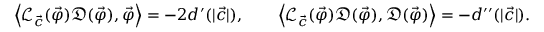
\begin{array} { r l } & { \left\langle \mathscr { L } _ { \vec { c } } ( \vec { \varphi } ) \mathfrak { D } ( \vec { \varphi } ) , \vec { \varphi } \right\rangle = - 2 d ^ { \prime } ( | { \vec { c } } | ) , \qquad \left\langle \mathscr { L } _ { \vec { c } } ( \vec { \varphi } ) \mathfrak { D } ( \vec { \varphi } ) , \mathfrak { D } ( \vec { \varphi } ) \right\rangle = - d ^ { \prime \prime } ( | { \vec { c } } | ) . } \end{array}